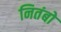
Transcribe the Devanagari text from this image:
नितंबो